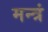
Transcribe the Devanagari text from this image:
मन्‍त्रं